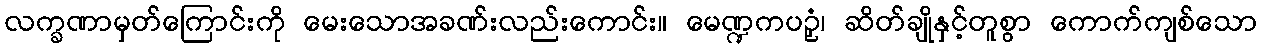
လက္ခဏာမှတ်ကြောင်းကို မေးသောအခဏ်းလည်းကောင်း။ မေဏ္ဍကပဉှံ၊ ဆိတ်ချိုနှင့်တူစွာ ကောက်ကျစ်သော